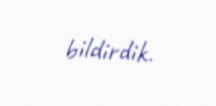
bildirdik.